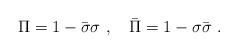
LaTeX: \begin{align*}\Pi=1-\bar\sigma\sigma\,\,,\quad \bar\Pi=1-\sigma\bar\sigma\,\,.\end{align*}